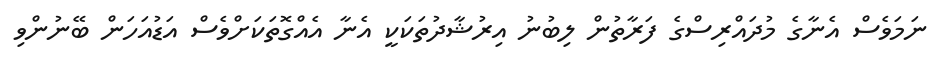
ނަމަވެސް އެނާގެ މުދައްރިސްގެ ފަރާތުން ލިބުނު އިރުޝާދުތަކަކީ އެނާ އެއްގޮތަކަށްވެސް އަޑުއަހަން ބޭނުންވި